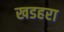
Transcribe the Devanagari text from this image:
खडहरा